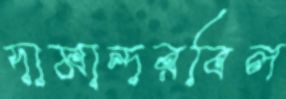
দামান্দরবিল